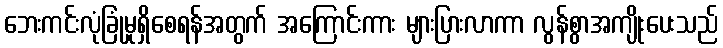
ဘေးကင်းလုံခြုံမှုရှိစေရန်အတွက် အကြောင်းကား များပြားလာကာ လွန်စွာအကျိုးပေးသည်